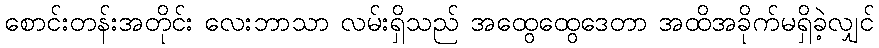
စောင်းတန်းအတိုင်း လေးဘာသာ လမ်းရှိသည် အထွေထွေဒေတာ အထိအခိုက်မရှိခဲ့လျှင်